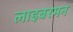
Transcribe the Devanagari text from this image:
लाइबरमन